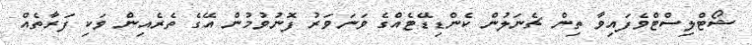
ޝޯޓްލިސްޓްވެފައިވާ ތިން ޗެނަލުން ކެންޑިޑޭޓެއްގެ ވަނަވަރު ފޮނުވުމުން އޭގެ ތެރެއިން ވަކި ފަރާތެއް